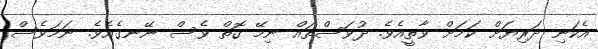
އެކަނި ދަރިޔަށް ކަމަށް ވާތީއެވެ. ދުވަސްތައް ނިމޭ ގޮތް ވެސް ނޭނގެއެވެ. ނަމަވެސް